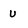
Character: v